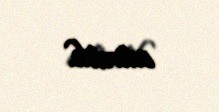
edirdik.